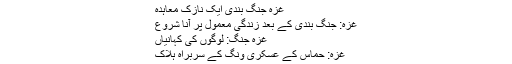
غزہ جنگ بندی ایک نازک معاہدہ
غزہ: جنگ بندی کے بعد زندگی معمول پر آنا شروع
غزہ جنگ: لوگوں کی کہانیاں
غزہ: حماس کے عسکری ونگ کے سربراہ ہلاک